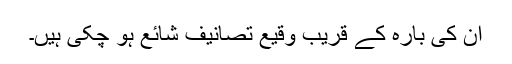
ان کی بارہ کے قریب وقیع تصانیف شائع ہو چکی ہیں۔